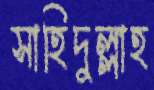
সাহিদুল্লাহ